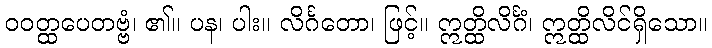
ဝဝတ္ထပေတဗ္ဗံ၊ ၏။ ပန၊ ပါး။ လိင်္ဂတော၊ ဖြင့်။ ဣတ္ထိလိင်္ဂံ၊ ဣတ္ထိလိင်ရှိသော။